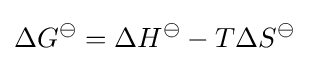
\Delta G^{\ominus }=\Delta H^{\ominus }-T\Delta S^{\ominus }